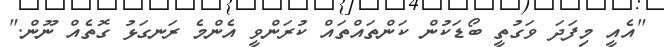
"އެއީ މިފަދަ ވަގުތީ ބޯޑަކުން ކަންތައްތައް ކުރަންވީ އެންމެ ރަނގަޅު ގޮތެއް ނޫން."